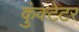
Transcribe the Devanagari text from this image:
कुंक्टेटर